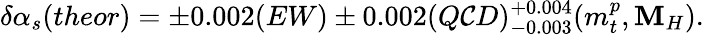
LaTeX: \delta\alpha_{s}(theor)=\pm0.002(EW)\pm0.002(Q\mathcal{C}D)_{-0.003}^{+0.004}(m_{t}^{p},\mathbf{M}_{H}).